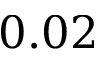
0 . 0 2